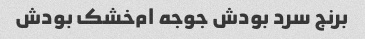
برنج سرد بودش جوجه ام‌خشک بودش